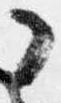
了